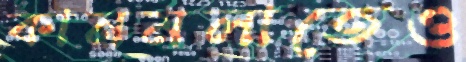
কানমলাতেও